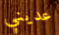
عديني